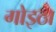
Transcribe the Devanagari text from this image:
गोइठा